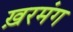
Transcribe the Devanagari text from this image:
ख़रमंग